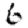
Digit: 6